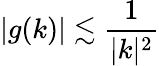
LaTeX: |g(k)|\lesssim\frac{1}{|k|^{2}}